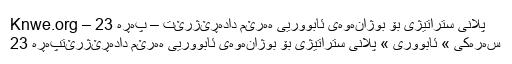
پلانی ستراتیژی بۆ بوژانەوەی ئابووریی هەرێم دادەڕێژرێت – پەڕە 23 – Knwe.org
سەرەکی » ئابووری » پلانی ستراتیژی بۆ بوژانەوەی ئابووریی هەرێم دادەڕێژرێتپەڕە 23